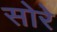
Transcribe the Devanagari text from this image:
सोरे